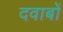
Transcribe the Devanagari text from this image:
दवाबों